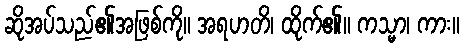
ဆိုအပ်သည်၏အဖြစ်ကို။ အရဟတိ၊ ထိုက်၏။ ကသ္မာ၊ ကား။